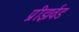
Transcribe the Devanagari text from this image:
प्रीझर्वड